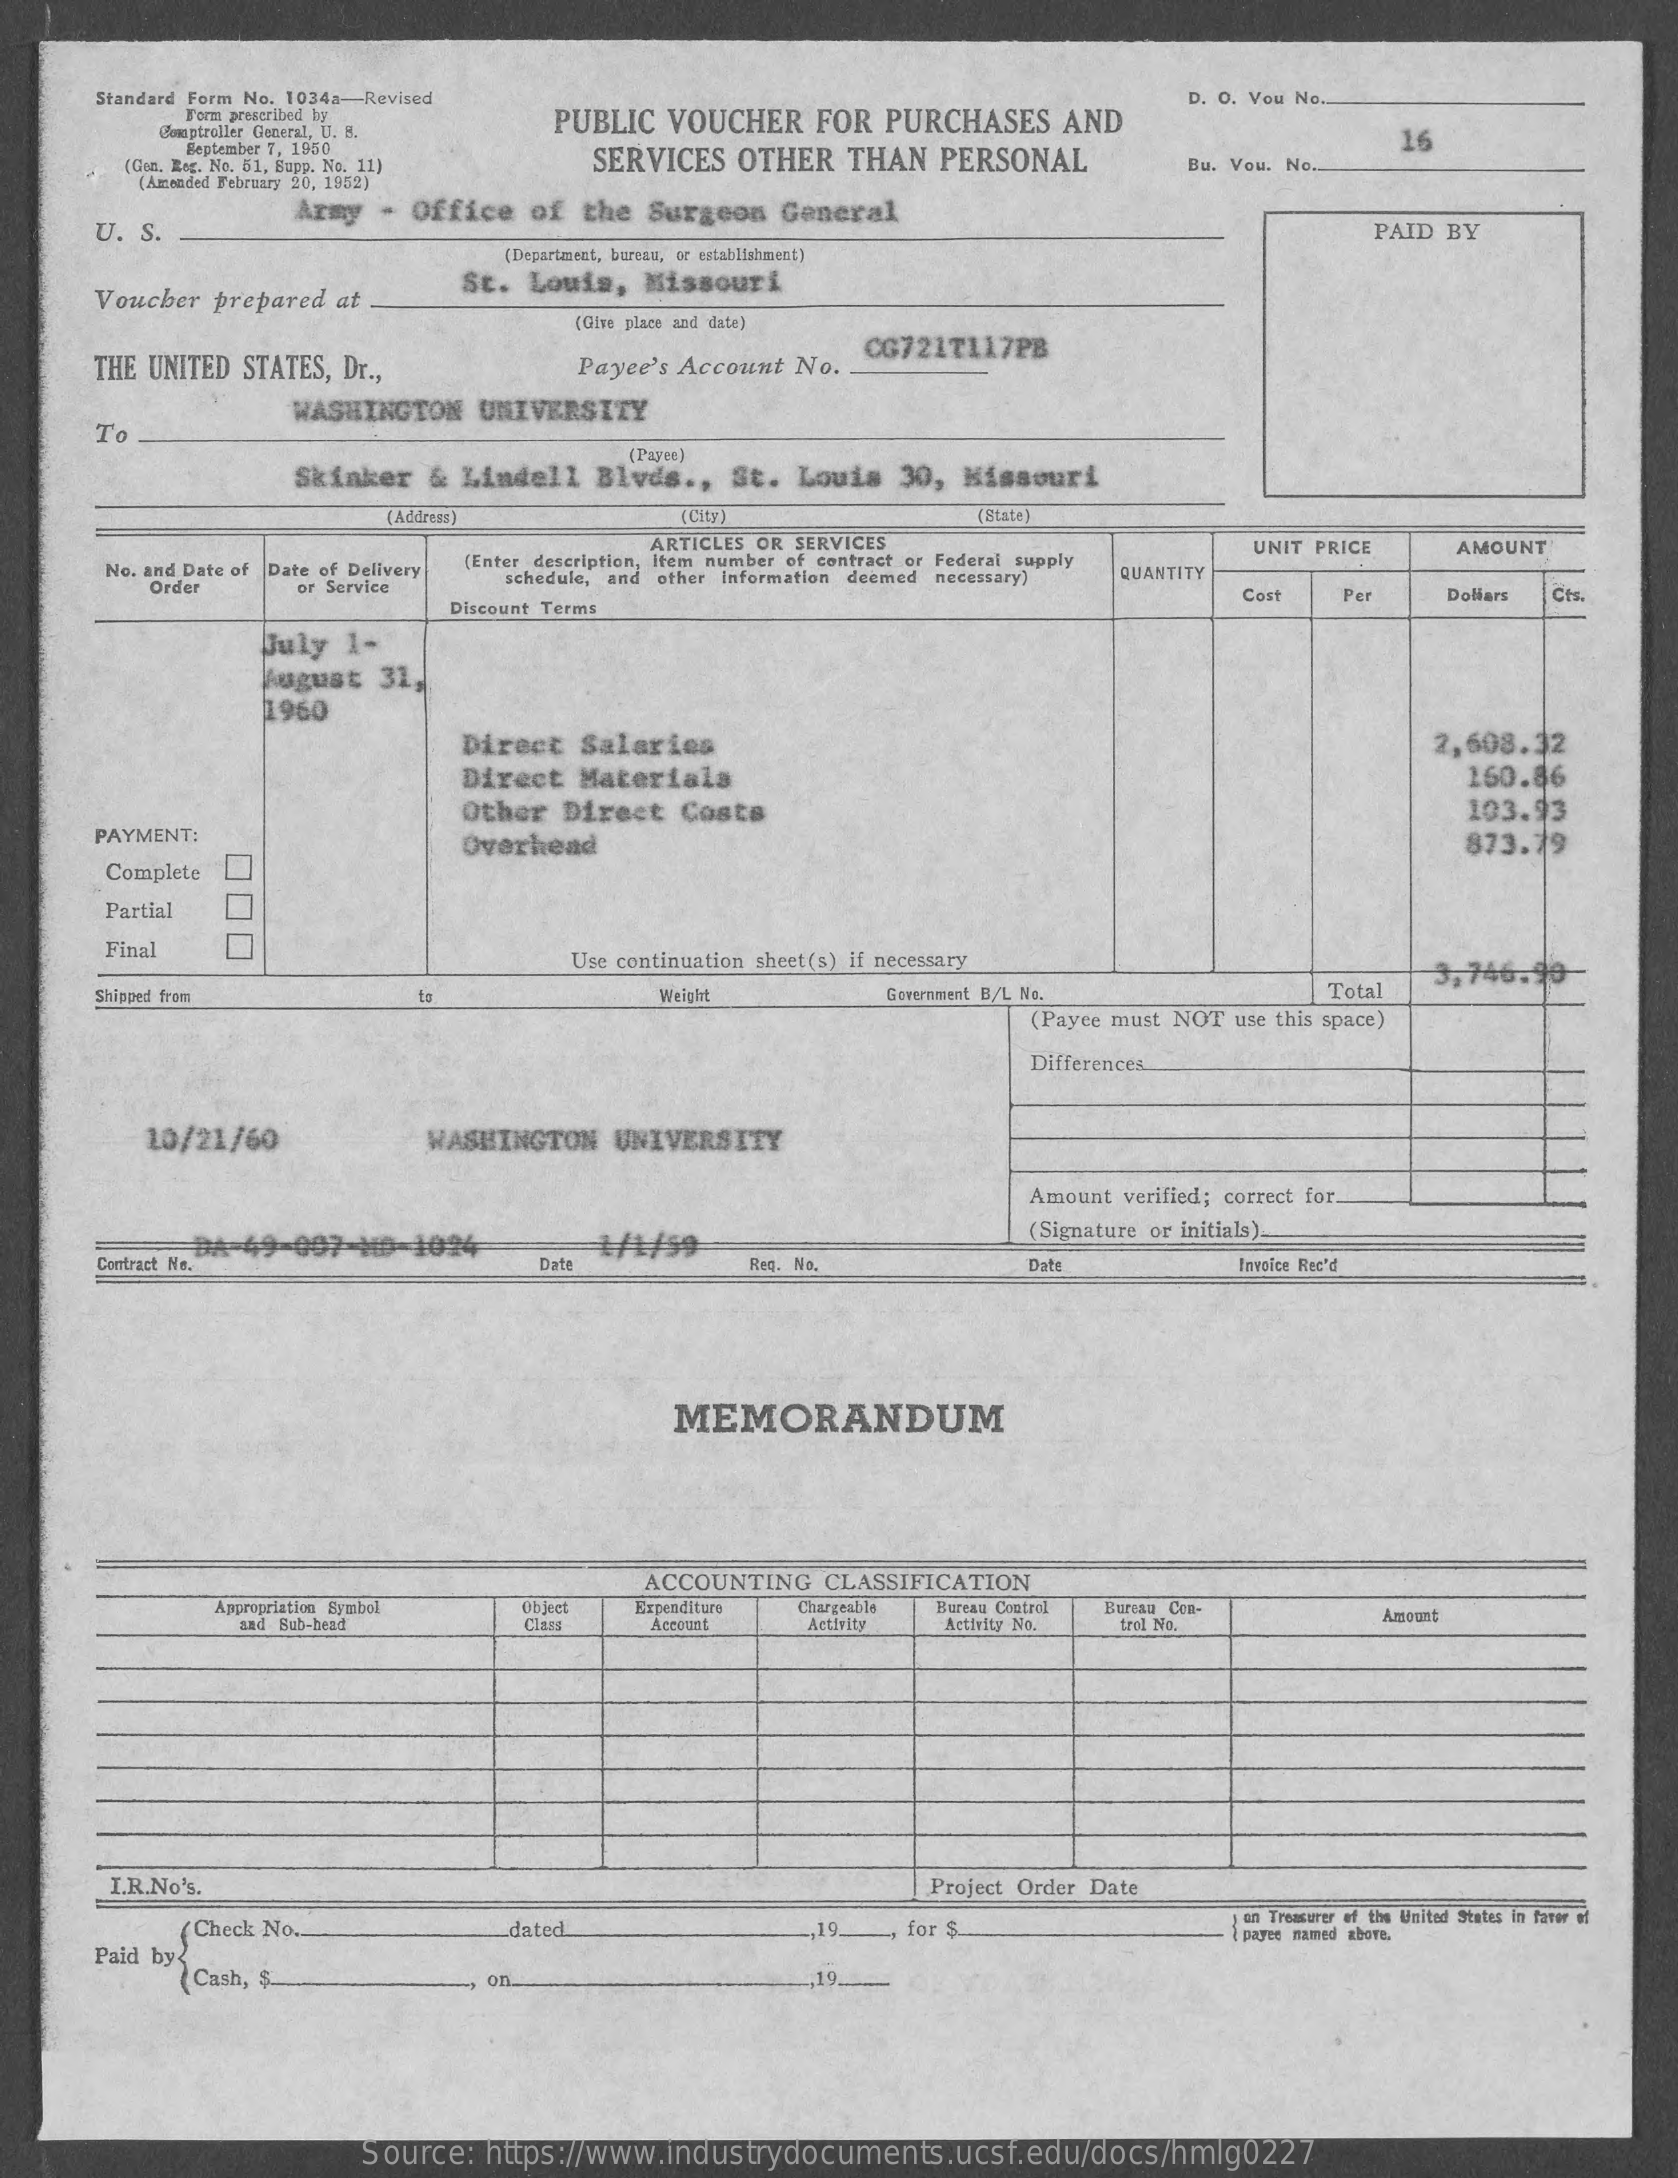
Standard Form No. 1034a-Revised
     Form prescribed hy    PUBLIC   VOUCHER    FOR   PURCHASES    AND
     D. O. Vou No.
     Comptroller Goteral, U. B.
     September 7, 1950
     16
     (Con, Eeg. No. 51, Eupp. No. 11)    SERVICES    OTHER    THAN   PERSONAL
     (Amended February 20, 1952)
     Bu. Vou. No.
     U. S.
     Army   - Office    of  the  Surgeon    General
     PAID BY
     (Department, bureau, or establishment)
     Voucher  prepared  at
     St.  Louis,   Missouri
     (Give place and date)
     THE UNITED  STATES, Dr .,    Payee's Account   No ..
     CG7217117PB
     WASHINGTON    UNIVERSITY
     To
     Skinker    & Lindell    Blvds   ., St.   Louis   30,  Missouri
     Payee)
     (Address)    [City )    (Etate)
     ARTICLES OR SERVICES
     No. and Date of Date of Delivery [Enter description, Item number of contract or Federal supply
     UNIT PRICE    AMOUNT
     Order    or Service    schedule, and other information deemed necessary) QUANTITY
     Discount Terms
     Cost    Per    Dollars Cts
     July  1-
     August   31,
     1960
     Direct   Salaries    2,608.32
     Direct   Materials    160.86
     Other   Direct   Costs    103.93
     PAYMENT:    Overhead    873.79
     Complete
     Partial
     Final    Use continuation sheet(s) if necessary
     3,746.40-
     Shipped from    ta    Weight    Government B/L No.    Total
     (Payee must NOT use this space)
     Differences
     10/21/60    WASHINGTON    UNIVERSITY
     Amount verified; correct for.
     #/1/59
     (Signature or initials).
     Contract Ne.
     DA-49-097    H9-1024
     Date    Req. No.    Date    Invoice Rec'd
     MEMORANDUM
     ACCOUNTING    CLASSIFICATION
     Appropriation Symbol    Object   Expenditure  Chargeable Bureau Control Bureau Con-
     and Bub-head    Accoudt    Activity   Activity No.  trol No.
     Amount
     I.R.No's.    Project Order Date
     ( Check No ..    dated    ,19.    for $
     on Treasurer of the United States in farer of
     Paid by
     payee named above.
     (Cash, $-    on    ,19.
     Source:   https://www.industrydocuments.ucsf.edu/docs/hmlg0227